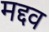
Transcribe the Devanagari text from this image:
मद्दव